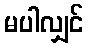
မပါလျှင်